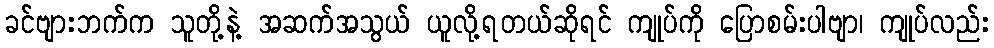
ခင်ဗျားဘက်က သူတို့နဲ့ အဆက်အသွယ် ယူလို့ရတယ်ဆိုရင် ကျုပ်ကို ပြောစမ်းပါဗျာ၊ ကျုပ်လည်း